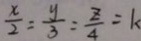
\frac { x } { 2 } = \frac { y } { 3 } = \frac { z } { 4 } = k